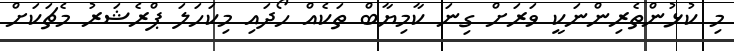
މި ކުޅުންތެރިންނަކީ ވަރަށް ގިނަ ކާމިޔާބް ތަކެއް ހޯދައި މިކަހަލަ ޕްރެޝަރު މެޗަކަށް